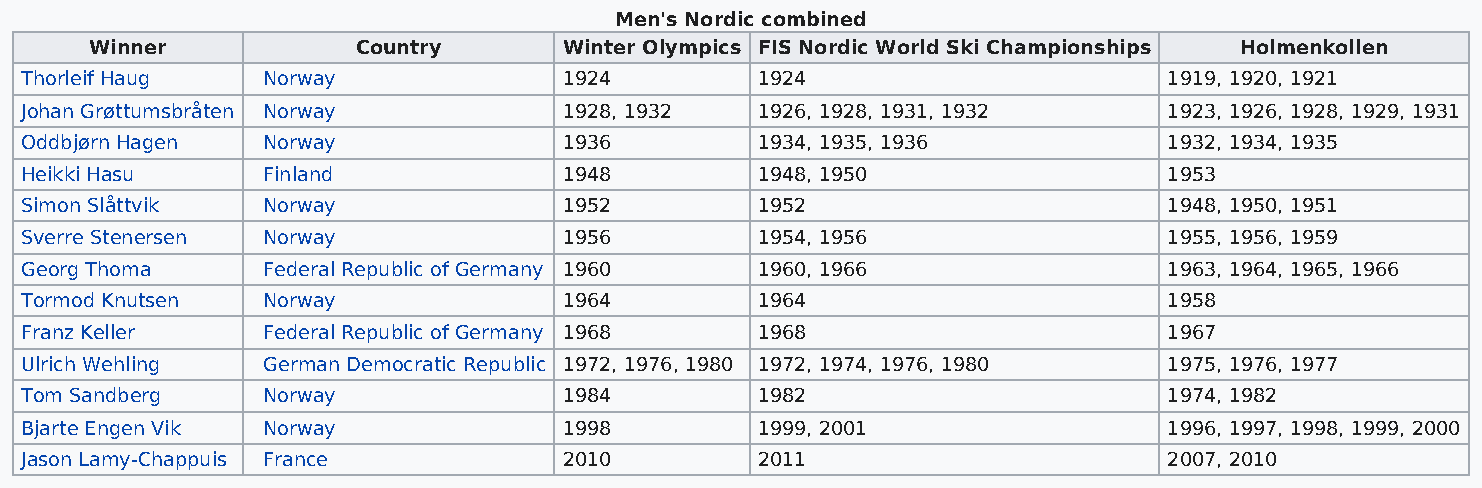
Men's Nordic combined
 Winner            Country      Winter Olympics FIS Nordic World Ski Championships Holmenkollen
 Thorleif Haug   Norway              1924         1924                       1919, 1920, 1921
 Johan Grøttumsbråten Norway         1928, 1932   1926, 1928, 1931, 1932     1923, 1926, 1928, 1929, 1931
 Oddbjørn Hagen  Norway              1936         1934, 1935, 1936           1932, 1934, 1935
 Heikki Hasu     Finland             1948         1948, 1950                 1953
 Simon Slåttvik  Norway              1952         1952                       1948, 1950, 1951
 Sverre Stenersen Norway             1956         1954, 1956                 1955, 1956, 1959
 Georg Thoma     Federal Republic of Germany 1960 1960, 1966                 1963, 1964, 1965, 1966
 Tormod Knutsen  Norway              1964         1964                       1958
 Franz Keller    Federal Republic of Germany 1968 1968                       1967
 Ulrich Wehling  German Democratic Republic 1972, 1976, 1980 1972, 1974, 1976, 1980 1975, 1976, 1977
 Tom Sandberg    Norway              1984         1982                       1974, 1982
 Bjarte Engen Vik Norway             1998         1999, 2001                 1996, 1997, 1998, 1999, 2000
 Jason Lamy-Chappuis France          2010         2011                       2007, 2010